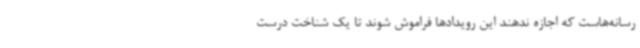
رسانه‌هاست که اجازه ندهند این رویدادها فراموش شوند تا یک شناخت درست